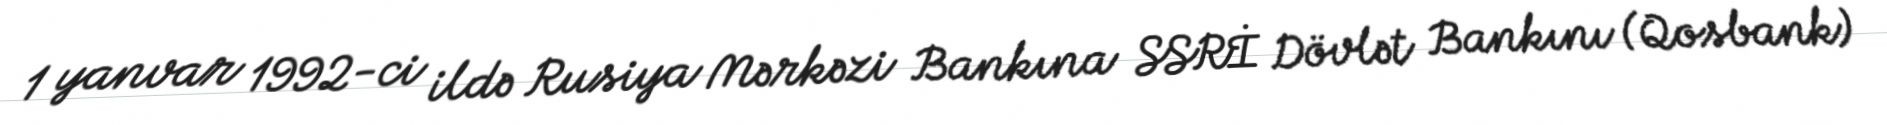
1 yanvar 1992-ci ildə Rusiya Mərkəzi Bankına SSRİ Dövlət Bankını (Qosbank)